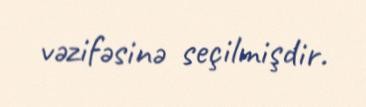
vəzifəsinə seçilmişdir.